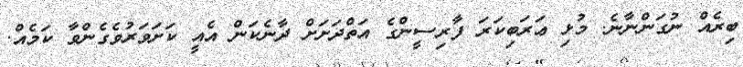
ބިރެއް ނުގަންނާނެ. މުޅި ޢަރަބިކަރަ ފާރިސީންގެ އަތްދަށަށް ދާނެކަން އެއީ ކަށަވަރުވެގެންވާ ކަމެއް.